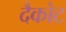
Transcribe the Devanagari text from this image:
दैकोट